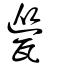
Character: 㼻